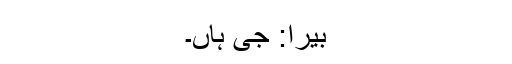
بيرا: جی ہاں۔